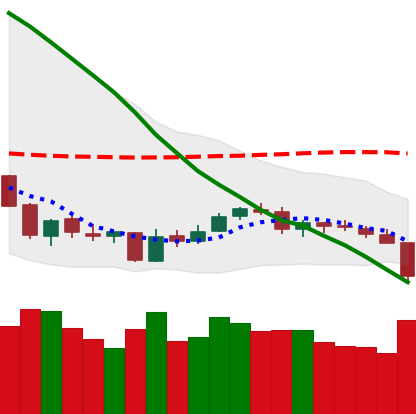
Ticker: NEO-USD
Chart end date: 2018-06-10
Forward return: -16.299%
Label: down_7plus